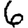
Digit: 6